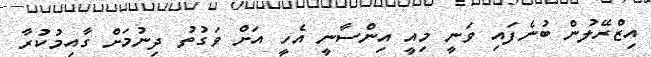
އިޒްރޭލުން ބުނެފައި ވަނީ މިއީ އިންސާނީ އެހީ އަށް ވަގުތު ދިނުމަށް ގާއިމުކުރާ